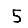
Digit: 5